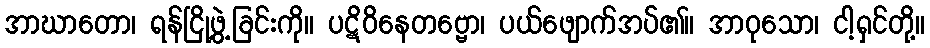
အာဃာတော၊ ရန်ငြို့ဖွဲ့ခြင်းကို။ ပဋိဝိနေတဗ္ဗော၊ ပယ်ဖျောက်အပ်၏။ အာဝုသော၊ ငါ့ရှင်တို့။